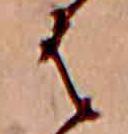
は